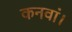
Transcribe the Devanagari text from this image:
कनवां।